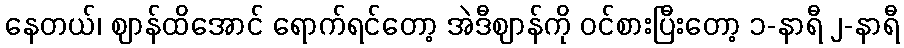
နေတယ်၊ ဈာန်ထိအောင် ရောက်ရင်တော့ အဲဒီဈာန်ကို ဝင်စားပြီးတော့ ၁-နာရီ ၂-နာရီ